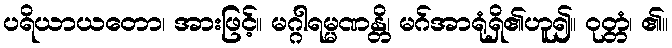
ပရိယာယတော၊ အားဖြင့်။ မဂ္ဂါရမ္မဏန္တိ၊ မဂ်အာရုံရှိ၏ဟူ၍။ ဝုတ္တံ၊ ၏။